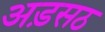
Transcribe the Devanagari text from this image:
अड़सठ